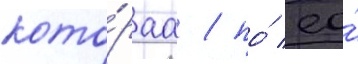
кото́раа / по́ ео́